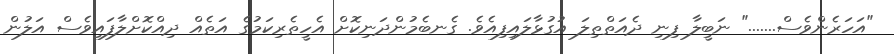
"އަހަރެންވެސް......." ނަބީލާ ފިނި ދެއަތްތިލަ އުގުޅާލައިފިއެވެ. ގެނބެމުންދަނިކޮށް އެހީތެރިކަމުގެ އަތެއް ދިއްކޮށްލާފައިވެސް އަލުން